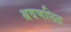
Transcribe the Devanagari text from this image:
श्रवणछिद्र